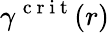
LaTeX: \gamma^{\mathrm{~c~r~i~t~}}(r)